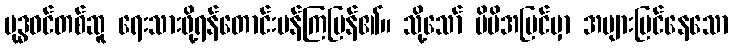
ဗုဒ္ဓဝင်တစ်ဆူ ရေးသားဖို့ရန်တောင်းပန်ကြပြန်၏။ သို့သော် မိမိအမြင်မှာ အများမြင်နေသော